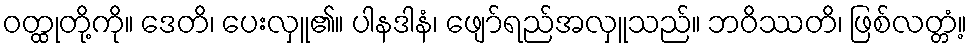
ဝတ္ထုတို့ကို။ ဒေတိ၊ ပေးလှူ၏။ ပါနဒါနံ၊ ဖျော်ရည်အလှူသည်။ ဘဝိဿတိ၊ ဖြစ်လတ္တံ့။